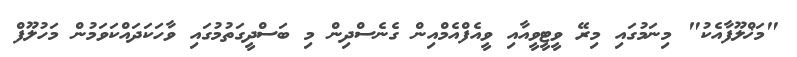
"މަޚްލޫފާއެކު" މިނަމުގައި މިރޭ ވީޓީވީއާއި ވީއެފްއެމްއިން ގެނެސްދިން މި ބަސްދީގަތުމުގައި ވާހަކަދައްކަވަމުން މަހުލޫފް